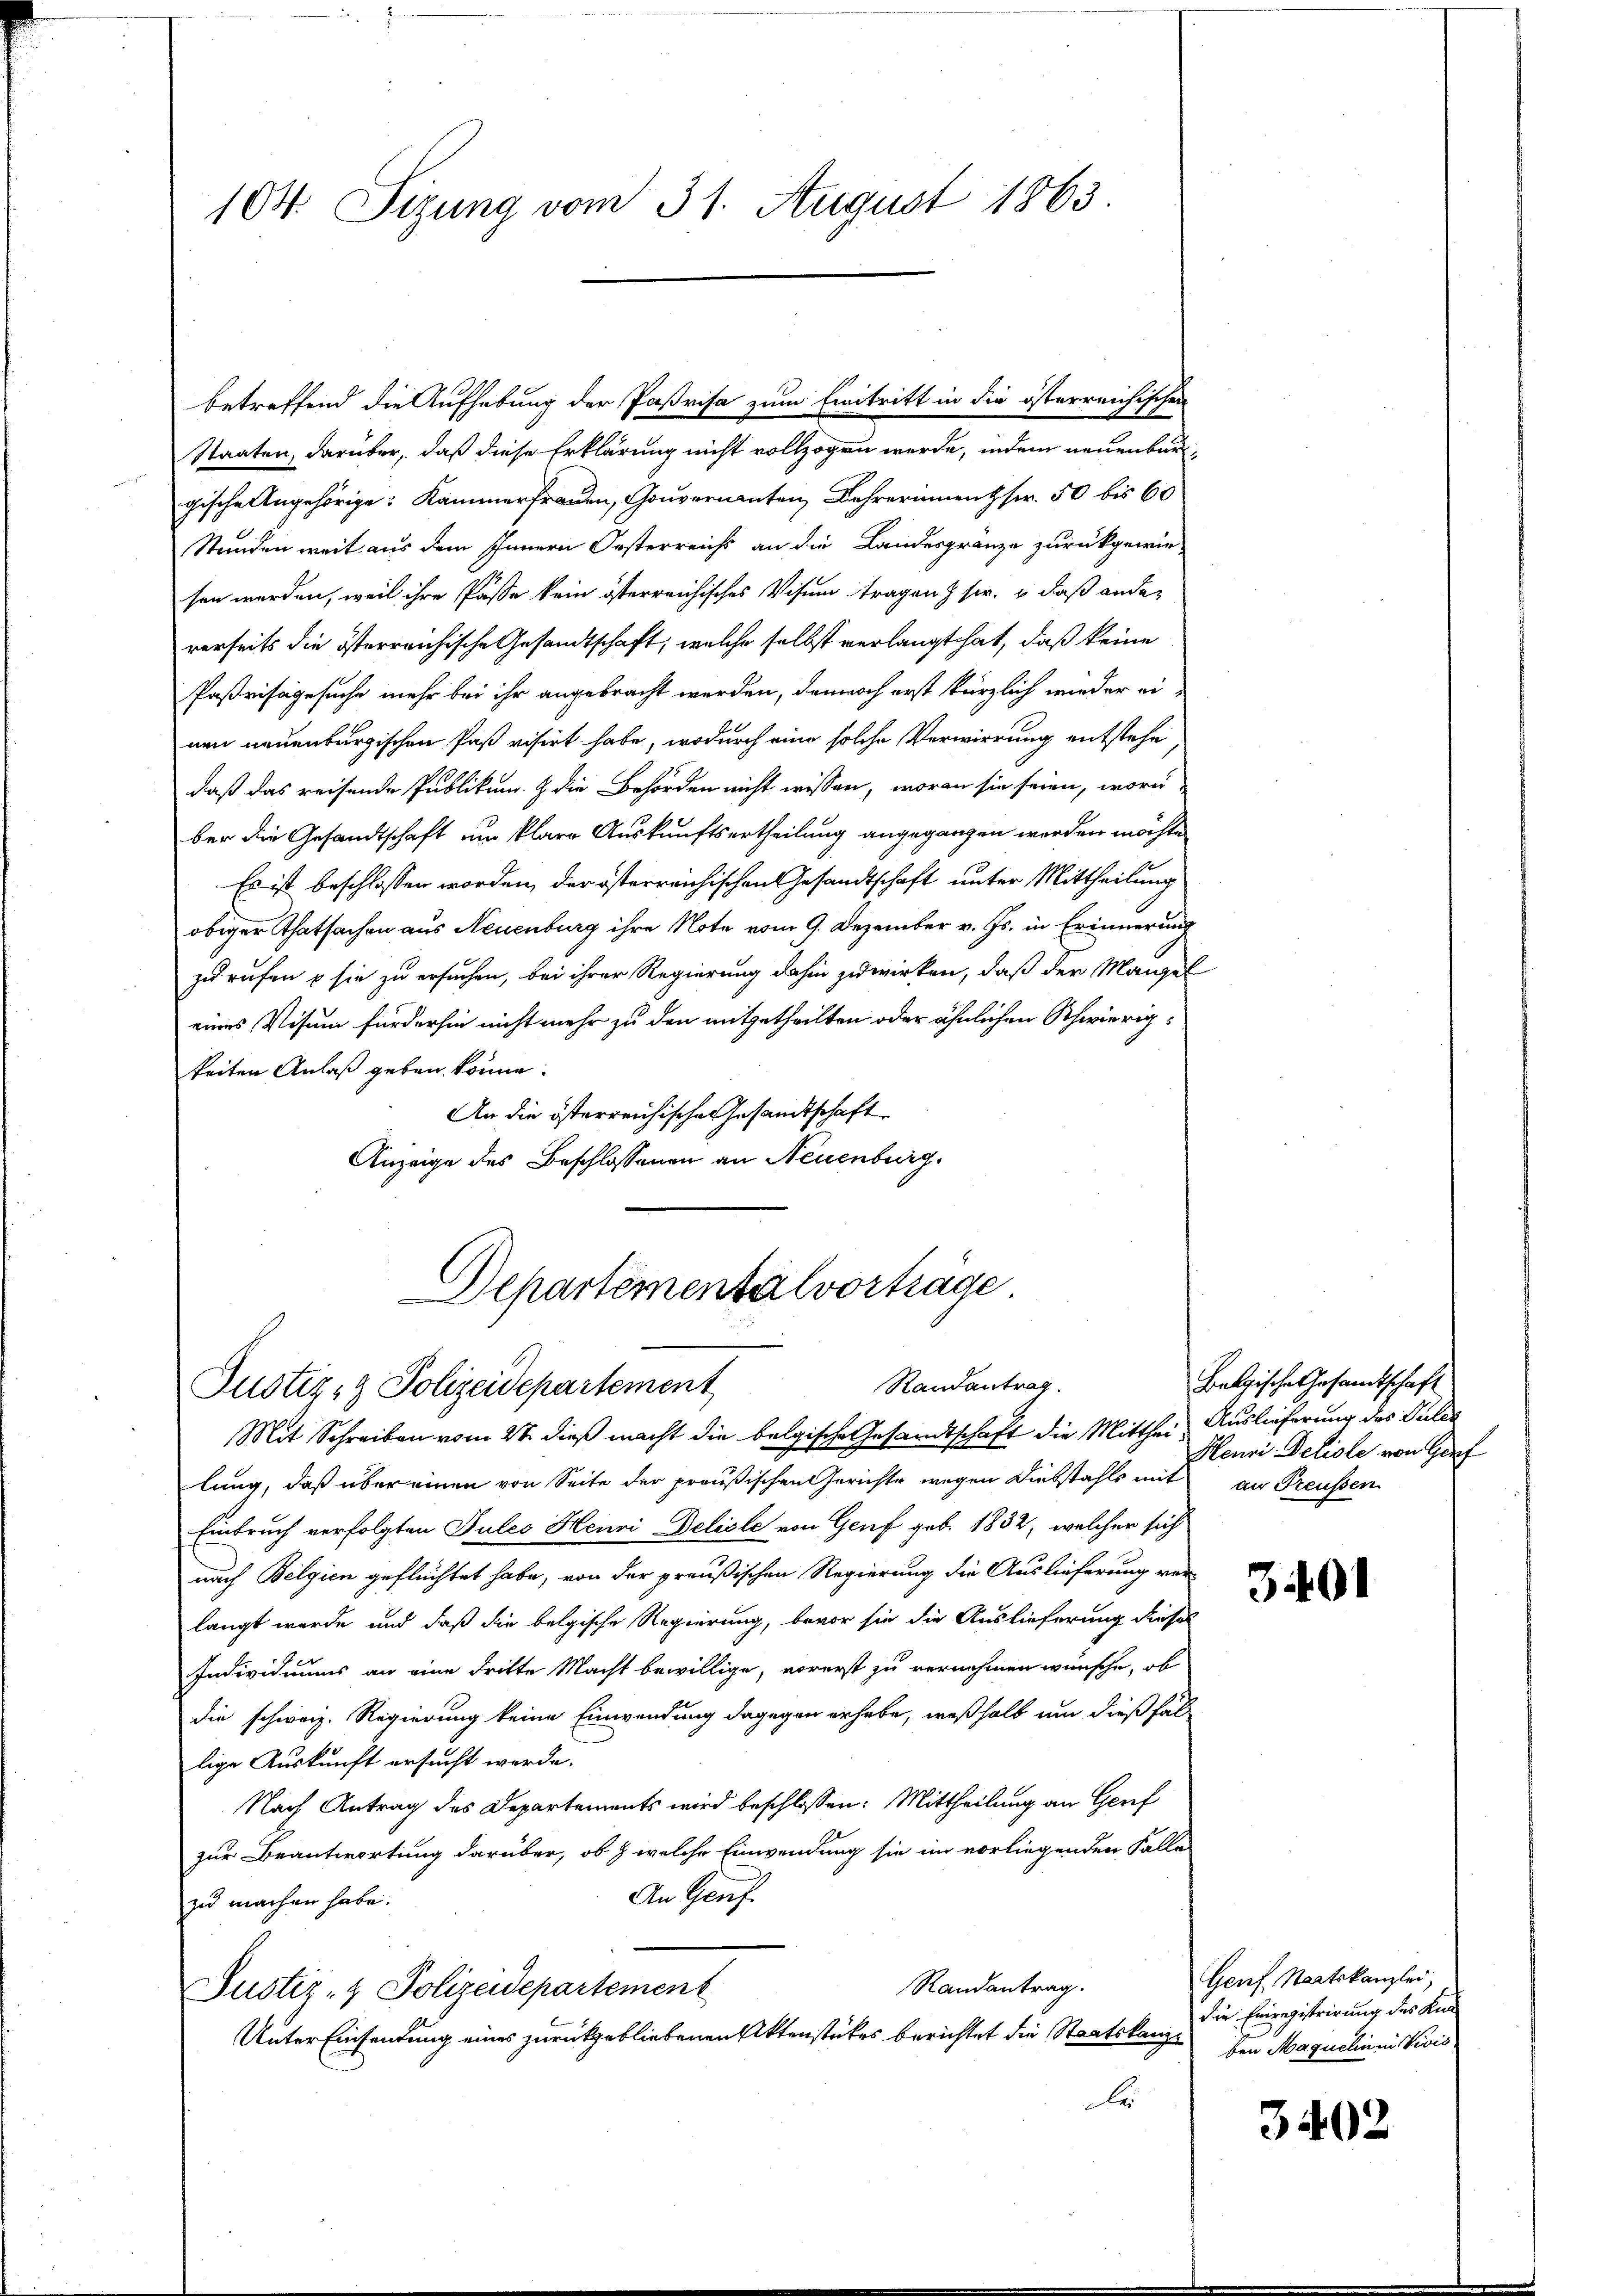
104. Sizung vom 31. August 1863.

Staaten, darüber, daß diese Erklärung nicht vollzogen werde, indem neuenburgische Angehörige: Kammerfrauen, Gouvernanten Lehrerinnen Fr. 50 bis 60
Stunden weit aus dem Innern Oesterreichs an die Landesgränze zurückgewie-
sen werden, weil ihre Pässe kein österreichisches Visum tragen & sie, daß ander
verseits die österreichische Gesandtschaft, welche selbst verlangt hat, daß keine
Paßrisagesuche mehr bei ihr angebracht werden, dennoch erst kürzlich wieder einen neuenburgischen Paß visirt habe, wodurch eine solche Verwirrung entstehe
daß das reisende Publikum & die Behörden nicht wissen, woran sie seien, worin
ber die Gesandtschaft um klare Auskunftsertheilung angegangen werden möchte
Es ist beschlossen worden, der österreichischen Gesandtschaft unter Mittheilung
obiger Thatsachen aus Neuenburg ihre Note vom 9. Dezember v. Js. in Erinnerung
zurufen & sie zu ersuchen, bei ihrer Regierung dahin zuwirken, daß der Mangel
eines Visum fürderhin nicht mehr zu den mitgetheilten oder ähnlichen Schwierigkeiten Anlaß geben könne.
An die österreichische Gesandtschaft
Anzeige des Beschlossenen an Neuenburg.
Departemental vorträge

Randantrag.
Justiz- & Polizeidepartement

betreffend die Aufhebung der Paßrisa zum Eintritt in die österreichischen

Mit Schreiben vom 2t dieß macht die belgische Gesandtschaft die Mitthei Auslieferung des Gulde
lung, daß über einen von Seite der preußischen Gerichte wegen Diebstahls mit an Freussen
Einbruch verfolgten Tules Henri Delisle von Genf geb. 1832, welcher sich
nach Belgien geflüchtet habe, von der preußischen Regierung die Auslieferung verlangt wurde und daß die belgische Regierung, bevor sie die Auslieferung dieses
Individuums an eine dritte Macht bewillige, vorerst zu vernehmen wünsche, ob
die schweiz. Regierung keine Einwendung dagegen erhabe, weßhalb um dießfäl
lige Auskunft ersucht werde.
Nach Antrag des Departements wird beschlossen: Mittheilung an Genf
zur Beantwortung darüber, ob & welche Einwendung sie im vorliegenden Falle
An Genf
zu machen habe.
Randantrag.
Justiz- & Polizeidepartement
Unter Einsendung eines zurückgebliebenen Aktenstückes berichtet die Staatskanz¬
E

Belgische Gesamtschaft
Heuri Deliale von Hof

3401

Genf, Staatskanzlei,
die Einregistrirung des Knaben Maquelinni Divis

3402